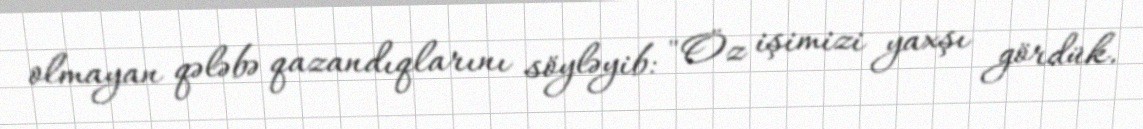
olmayan qələbə qazandıqlarını söyləyib: "Öz işimizi yaxşı gördük.